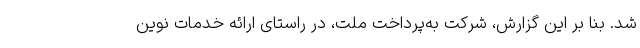
شد. بنا بر این گزارش، شرکت به‌پرداخت ملت، در راستای ارائه خدمات نوین